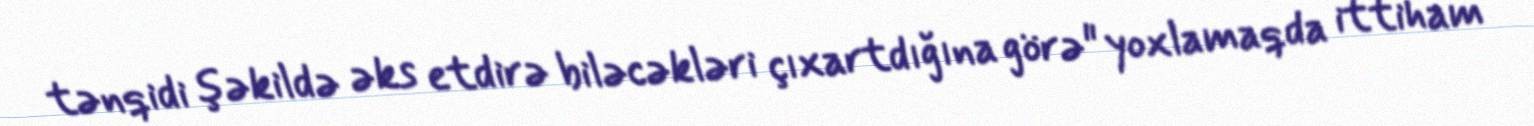
tənqidi şəkildə əks etdirə biləcəkləri çıxartdığına görə" yoxlamaqda ittiham